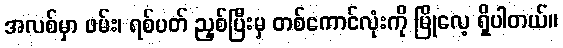
အလစ်မှာ ဖမ်း၊ ရစ်ပတ် ညှစ်ပြီးမှ တစ်ကောင်လုံးကို မြိုလေ့ ရှိပါတယ်။